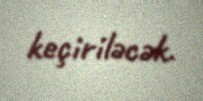
keçiriləcək.